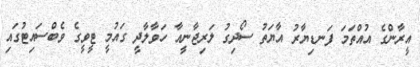
އީރާންގެ އުއްތަމަ ފަނޑިޔާރު އާޔަތު ސޯދިގު ލަރިޖާނީއާ ހަވާލާދީ ގައުމީ ޓީވީގެ ވެބްސައިޓުގައި